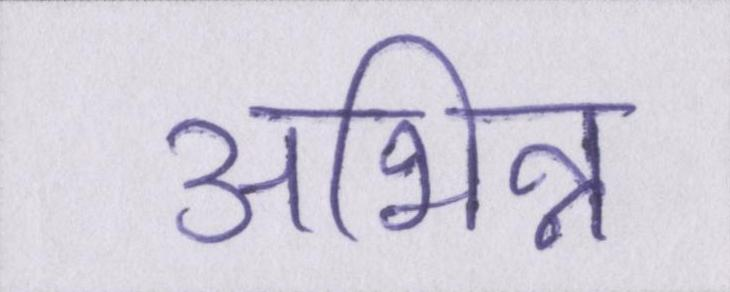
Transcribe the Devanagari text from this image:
अभिन्न